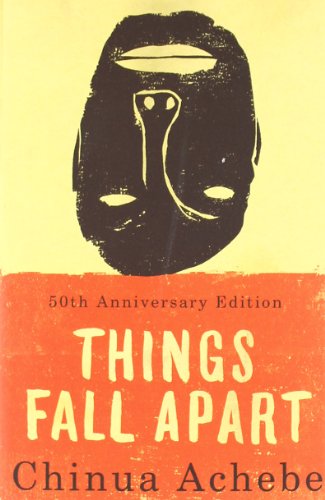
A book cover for Things Fall Apart; Chinua Achebe; Literature & Fiction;